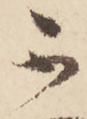
不